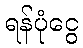
ရန်ပုံငွေ